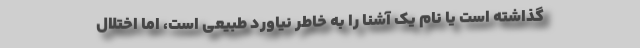
گذاشته است یا نام یک آشنا را به خاطر نیاورد طبیعی است، اما اختلال